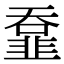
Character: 𩐄